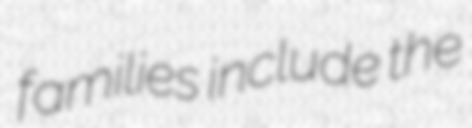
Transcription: families include the